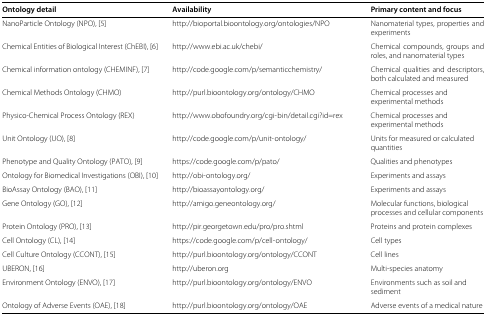
<table><thead><tr><td><b>Ontology detail</b></td><td><b>Availability</b></td><td><b>Primary content and focus</b></td></tr></thead><tbody><tr><td>NanoParticle Ontology (NPO), [5]</td><td>http://bioportal.bioontology.org/ontologies/NPO</td><td>Nanomaterial types, properties and experiments</td></tr><tr><td>Chemical Entities of Biological Interest (ChEBI), [6]</td><td>http://www.ebi.ac.uk/chebi/</td><td>Chemical compounds, groups and roles, and nanomaterial types</td></tr><tr><td>Chemical information ontology (CHEMINF), [7]</td><td>http://code.google.com/p/semanticchemistry/</td><td>Chemical qualities and descriptors, both calculated and measured</td></tr><tr><td>Chemical Methods Ontology (CHMO)</td><td>http://purl.bioontology.org/ontology/CHMO</td><td>Chemical processes and experimental methods</td></tr><tr><td>Physico-Chemical Process Ontology (REX)</td><td>http: //www.obofoundry.org/cgi-bin/detail.cgi?id=rex</td><td>Chemical processes and experimental methods</td></tr><tr><td>Unit Ontology (UO), [8]</td><td>http://code.google.com/p/unit-ontology/</td><td>Units for measured or calculated quantities</td></tr><tr><td>Phenotype and Quality Ontology (PATO), [9]</td><td>https://code.google.com/p/pato/</td><td>Qualities and phenotypes</td></tr><tr><td>Ontology for Biomedical Investigations (OBI), [10]</td><td>http://obi-ontology.org/</td><td>Experiments and assays</td></tr><tr><td>BioAssay Ontology (BAO), [11]</td><td>http://bioassayontology.org/</td><td>Experiments and assays</td></tr><tr><td>Gene Ontology (GO), [12]</td><td>http://amigo.geneontology.org/</td><td>Molecular functions, biological processes and cellular components</td></tr><tr><td>Protein Ontology (PRO), [13]</td><td>http://pir.georgetown.edu/pro/pro.shtml</td><td>Proteins and protein complexes</td></tr><tr><td>Cell Ontology (CL), [14]</td><td>https://code.google.com/p/cell-ontology/</td><td>Cell types</td></tr><tr><td>Cell Culture Ontology (CCONT), [15]</td><td>http://purl.bioontology.org/ontology/CCONT</td><td>Cell lines</td></tr><tr><td>UBERON, [16]</td><td>http://uberon.org</td><td>Multi-species anatomy</td></tr><tr><td>Environment Ontology (ENVO), [17]</td><td>http://purl.bioontology.org/ontology/ENVO</td><td>Environments such as soil and sediment</td></tr><tr><td>Ontology of Adverse Events (OAE), [18]</td><td>http://purl.bioontology.org/ontology/OAE</td><td>Adverse events of a medical nature</td></tr></tbody></table>